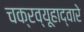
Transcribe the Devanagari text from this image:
चक्रव्यूहाद्वारे